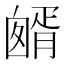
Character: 𦠷